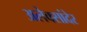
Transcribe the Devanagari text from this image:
अलेक्सांदेर